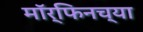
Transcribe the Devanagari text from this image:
मॉर्फिनच्या